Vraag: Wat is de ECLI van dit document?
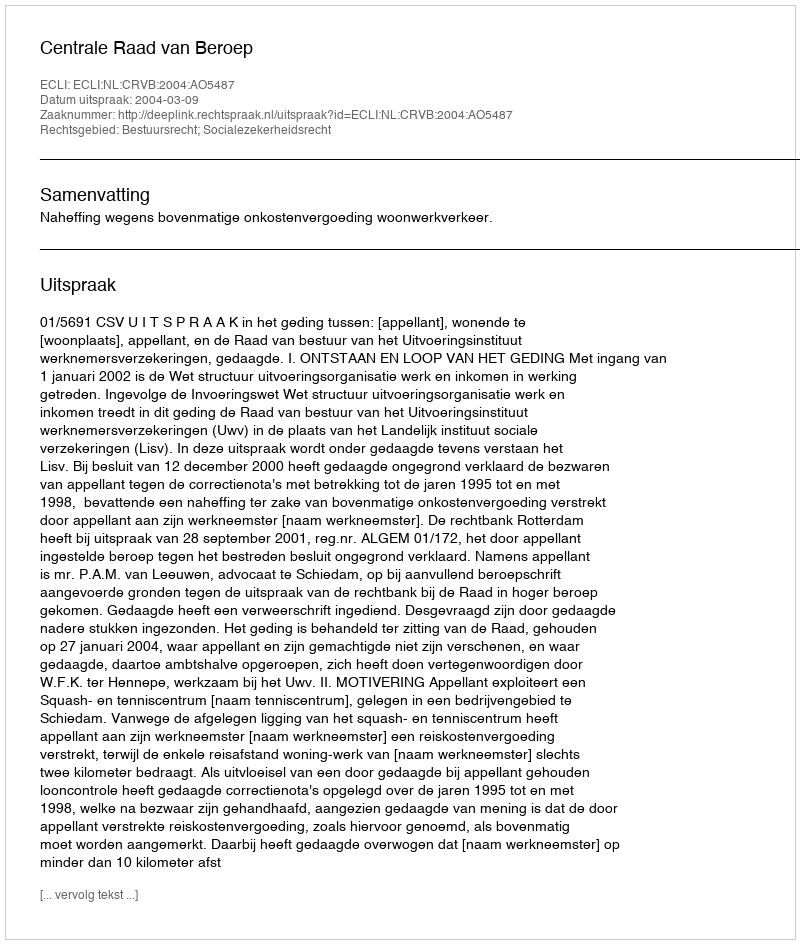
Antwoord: ECLI:NL:CRVB:2004:AO5487